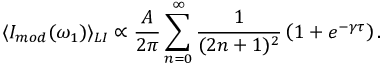
\langle I _ { m o d } ( \omega _ { 1 } ) \rangle _ { L I } \propto \frac { A } { 2 \pi } \sum _ { n = 0 } ^ { \infty } \frac { 1 } { ( 2 n + 1 ) ^ { 2 } } \left( 1 + e ^ { - \gamma \tau } \right) .